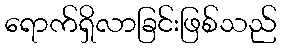
ရောက်ရှိလာခြင်းဖြစ်သည်